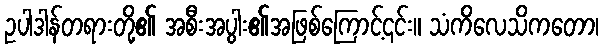
ဥပါဒါန်တရားတို့၏ အစီးအပွါး၏အဖြစ်ကြောင့်၎င်း။ သံကိလေသိကတော၊